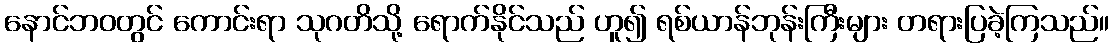
နောင်ဘဝတွင် ကောင်းရာ သုဂတိသို့ ရောက်နိုင်သည် ဟူ၍ ရစ်ယာန်ဘုန်းကြီးများ တရားပြခဲ့ကြသည်။